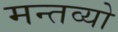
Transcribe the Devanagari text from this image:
मन्तव्यो